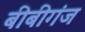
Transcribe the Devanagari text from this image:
बीबीगंज